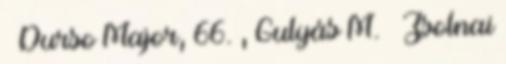
– Durso Major, 66. , Gulyás M. – Zsolnai